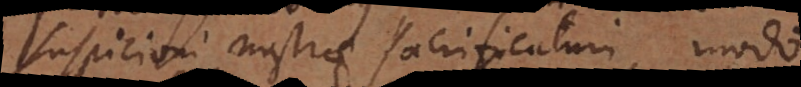
suspicioni nostrae sacrificaturi modo